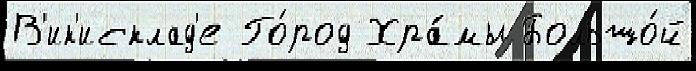
В'ик'исклад'е Го́род Хра́мы Большо́й